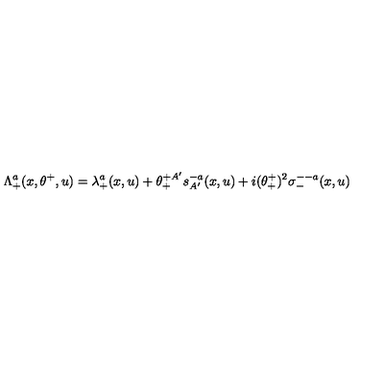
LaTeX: \Lambda _ { + } ^ { a } ( x , \theta ^ { + } , u ) = \lambda _ { + } ^ { a } ( x , u ) + \theta _ { + } ^ { + A ^ { \prime } } s _ { A ^ { \prime } } ^ { - a } ( x , u ) + i ( \theta _ { + } ^ { + } ) ^ { 2 } \sigma _ { - } ^ { -- a } ( x , u )